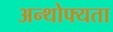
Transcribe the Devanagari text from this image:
अन्थोफ्यता